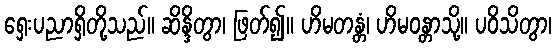
ရှေးပညာရှိတို့သည်။ ဆိန္ဒိတွာ၊ ဖြတ်၍။ ဟိမတန္တံ၊ ဟိမဝန္တာသို့။ ပဝိသိတွာ၊